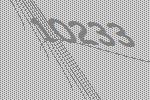
10233